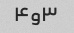
۳و۴